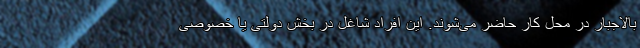
بالاجبار در محل کار حاضر می‌شوند. این افراد شاغل در بخش دولتی یا خصوصی